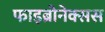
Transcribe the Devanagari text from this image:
फाइब्रोनेक्सस